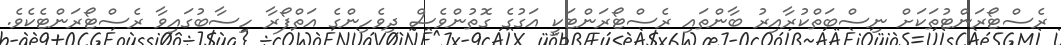
ރެސްޓޯރަންޓުތަކަށް ނިސްބަތްކުރާއިރު ބާންތައި ރެސްޓޯރަންޓަކީ އަގުގެ ގޮތުންވެސް ދިވެހިންގެ އަތްފޯރާ ހިސާބުގައިވާ ރެސްޓޯރަންޓެކެވެ.